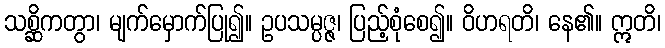
သစ္ဆိကတွာ၊ မျက်မှောက်ပြု၍။ ဥပသမ္ပဇ္ဇ၊ ပြည့်စုံစေ၍။ ဝိဟရတိ၊ နေ၏။ ဣတိ၊